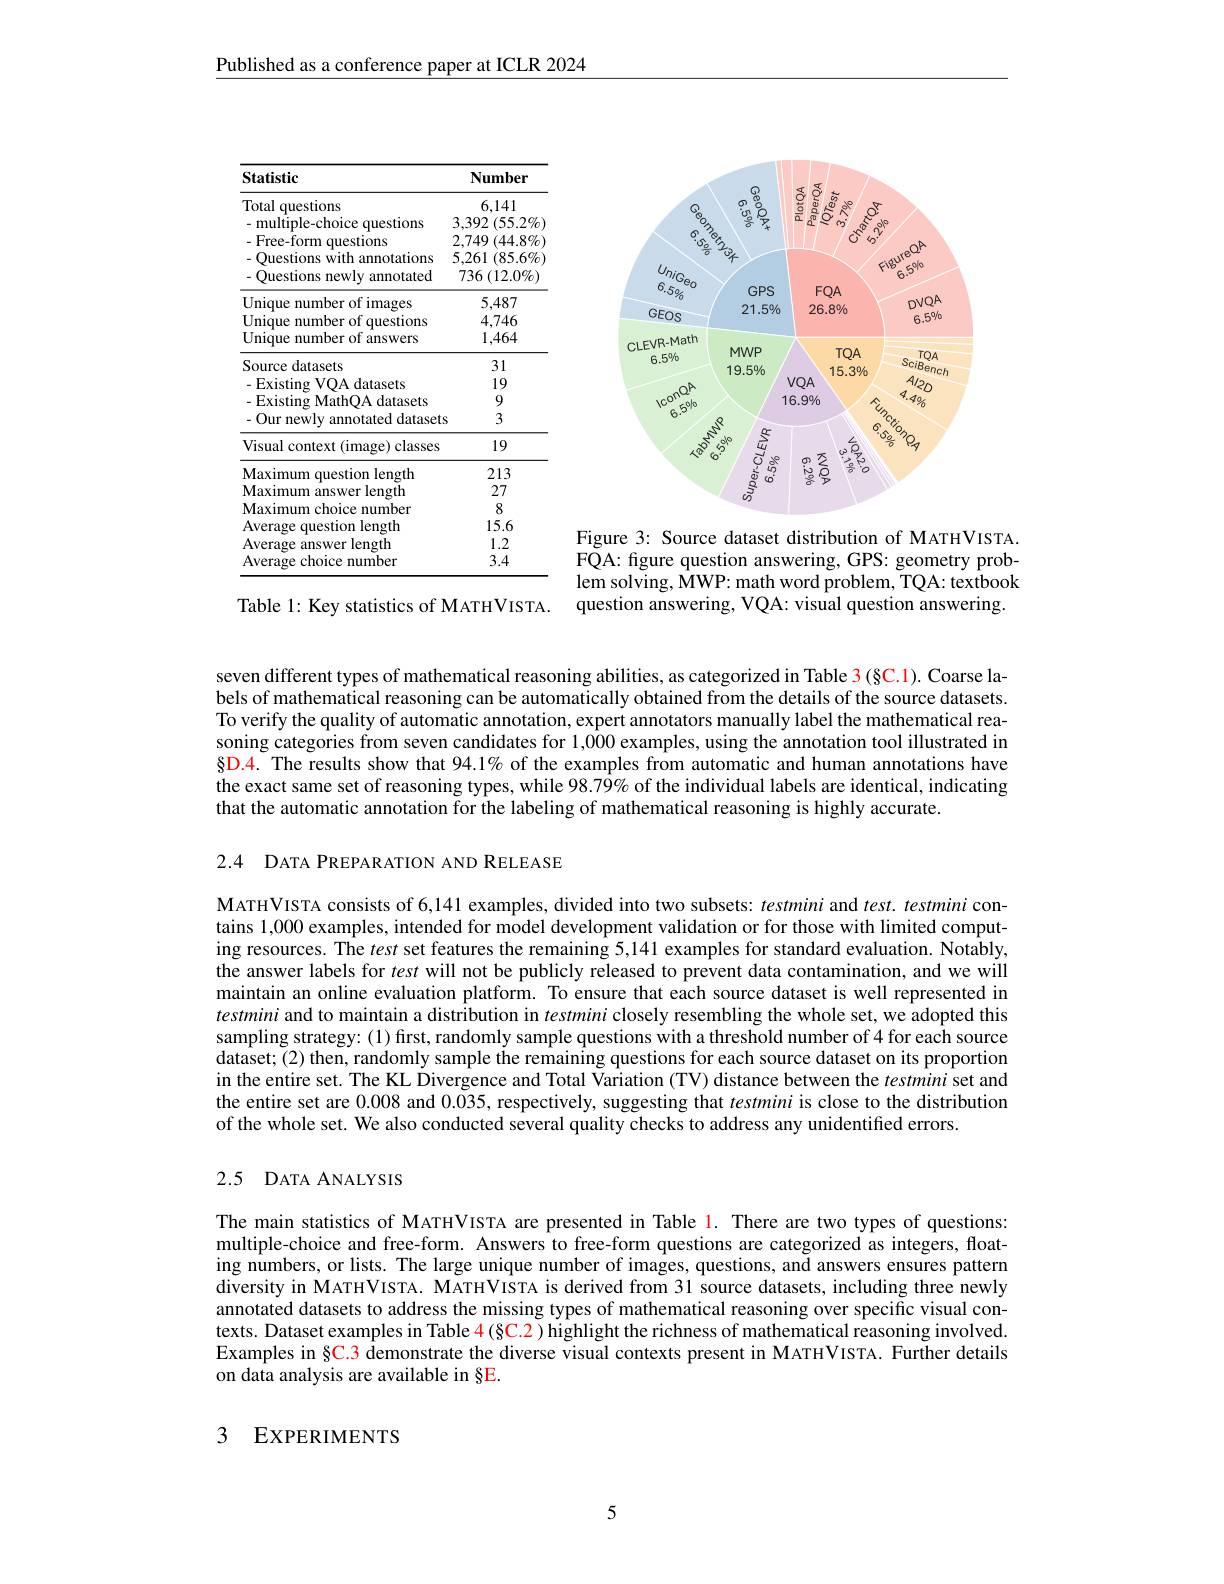
Published as a conference paper at ICLR 2024

<table>
	<tbody>
		<tr>
			<th>Statistic</th>
			<th>$\mathbf{Number}$</th>
		</tr>
		<tr>
			<td>Total questions multiple-choice questions</td>
			<td>6,141 3,392 $( 55. 2\%$</td>
		</tr>
		<tr>
			<td>Total questions multiple-choice questions . Free-form questions Ouestions with annotations Questions newly annotated</td>
			<td>6,141 $3,392\left(55.2\%\right)$ $2,749\left(44.8\%\right]$ 5,261 1 $( 85. 6\%$ 736 $( 12. 0\% )$</td>
		</tr>
		<tr>
			<td>-Free-form questions</td>
			<td>2,749 $(44.8\%$ 1</td>
		</tr>
		<tr>
			<td>- Ouestions ;with annotations</td>
			<td>5,261 $(85.6\%$</td>
		</tr>
		<tr>
			<td>Ouestions newly annotated</td>
			<td>736 ${\dot{}}\left(12.0\%\right)$</td>
		</tr>
		<tr>
			<td>Unique number of images</td>
			<td>5,487</td>
		</tr>
		<tr>
			<td>Unique number of questions</td>
			<td>4,746</td>
		</tr>
		<tr>
			<td>Unique number of answers</td>
			<td>$\frac{1}{2}=\frac{1}{2}$ 1,464</td>
		</tr>
		<tr>
			<td>Source datasets</td>
			<td>31</td>
		</tr>
		<tr>
			<td>$-Fxisting$ VOA datasets</td>
			<td>19</td>
		</tr>
		<tr>
			<td>- Existing MathOA datasets</td>
			<td>9</td>
		</tr>
		<tr>
			<td>- Our newly v annotated dataset</td>
			<td>3</td>
		</tr>
		<tr>
			<td>Visual context (image) classes</td>
			<td>19</td>
		</tr>
		<tr>
			<td>Maximum mestion length</td>
			<td>213</td>
		</tr>
		<tr>
			<td>Maximum 1: answer length</td>
			<td>27</td>
		</tr>
		<tr>
			<td>Maximum choice m number</td>
			<td>8</td>
		</tr>
		<tr>
			<td>Average $c$ question length</td>
			<td>15.6</td>
		</tr>
		<tr>
			<td>Average answer length</td>
			<td>1.2</td>
		</tr>
		<tr>
			<td>Average choice ·· number</td>
			<td>3.4</td>
		</tr>
	</tbody>
</table>

Table 1: Key statistics of MATHVISTA.

<FigureHere>

Figure 3: Source dataset distribution of MATHVISTA. FQA: fgure question answering, GPS: geometry problem solving, MWP: math word problem, TQA: textbook question answering, VQA: visual question answering.

seven different types of mathematical reasoning abilities, as categorized in Table 3 (§C.1). Coarse labels of mathematical reasoning can be automatically obtained from the details of the source datasets. To verify the quality of automatic annotation, expert annotators manually label the mathematical reasoning categories from seven candidates for 1,$\hat{000}$ examples, using the annotation tool illustrated in $\S$D.4. The results show that 94.1% of the examples from automatic and human annotations have the exact same set of reasoning types, while 98.79% of the individual labels are identical, indicating that the automatic annotation for the labeling of mathematical reasoning is highly accurate.

2.4 DATA PREPARATION AND RELEASE

MATHVISTA consists of 6,141 examples, divided into two subsets: testmini and $test.testmini$ contains 1,000 examples, intended for model development validation or for those with limited computing resources. The test set features the remaining 5,141 examples for standard evaluation. Notably, the answer labels for test will not be publicly released to prevent data contamination, and we will maintain an online evaluation platform. To ensure that each source dataset is well represented in testmini and to maintain a distribution in testmini closely resembling the whole set, we adopted this sampling strategy:(1) first, randomly sample questions with a threshold number of 4 for each source dataset;(2) then, randomly sample the remaining questions for each source dataset on its proportion in the entire set. The KL Divergence and Total Variation (TV) distance between the testmini set and the entire set are 0.008 and 0.035, respectively, suggesting that testmini is close to the distribution of the whole set. We also conducted several quality checks to address any unidentified errors.

# 2.5 DATA ANALYSIS

The main statistics of MATHVISTA are presented in Table 1. There are two types of questions: multiple-choice and free-form. Answers to free-form questions are categorized as integers, floating numbers, or lists. The large unique number of images, questions, and answers ensures pattern diversity in MATHVISTA. MATHVISTA is derived from 31 source datasets, including three newly annotated datasets to address the missing types of mathematical reasoning over specific visual contexts. Dataset examples in Table $\color{red}{4(8C.2)}$ highlight the richness of mathematical reasoning involved. Examples in §C.3 demonstrate the diverse visual contexts present in MATHVISTA. Further details on data analysis are available in §E.

3 EXPERIMENTS

5